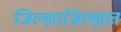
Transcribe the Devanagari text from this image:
जिल्ह्याजिल्ह्यात